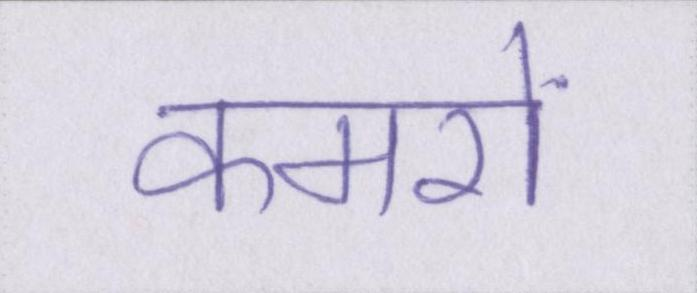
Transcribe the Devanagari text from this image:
कमरों